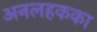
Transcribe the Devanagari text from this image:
अनलहकका